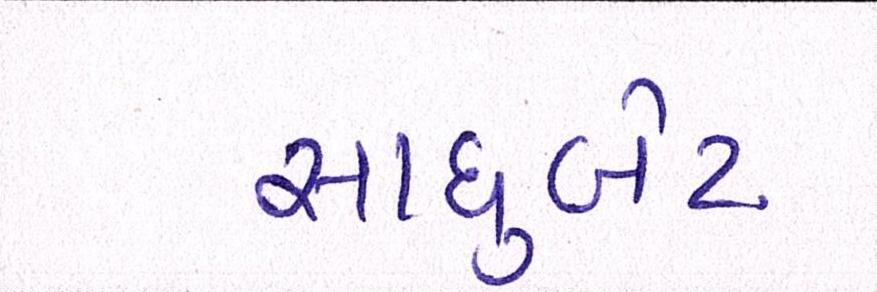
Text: સાધુબેટ